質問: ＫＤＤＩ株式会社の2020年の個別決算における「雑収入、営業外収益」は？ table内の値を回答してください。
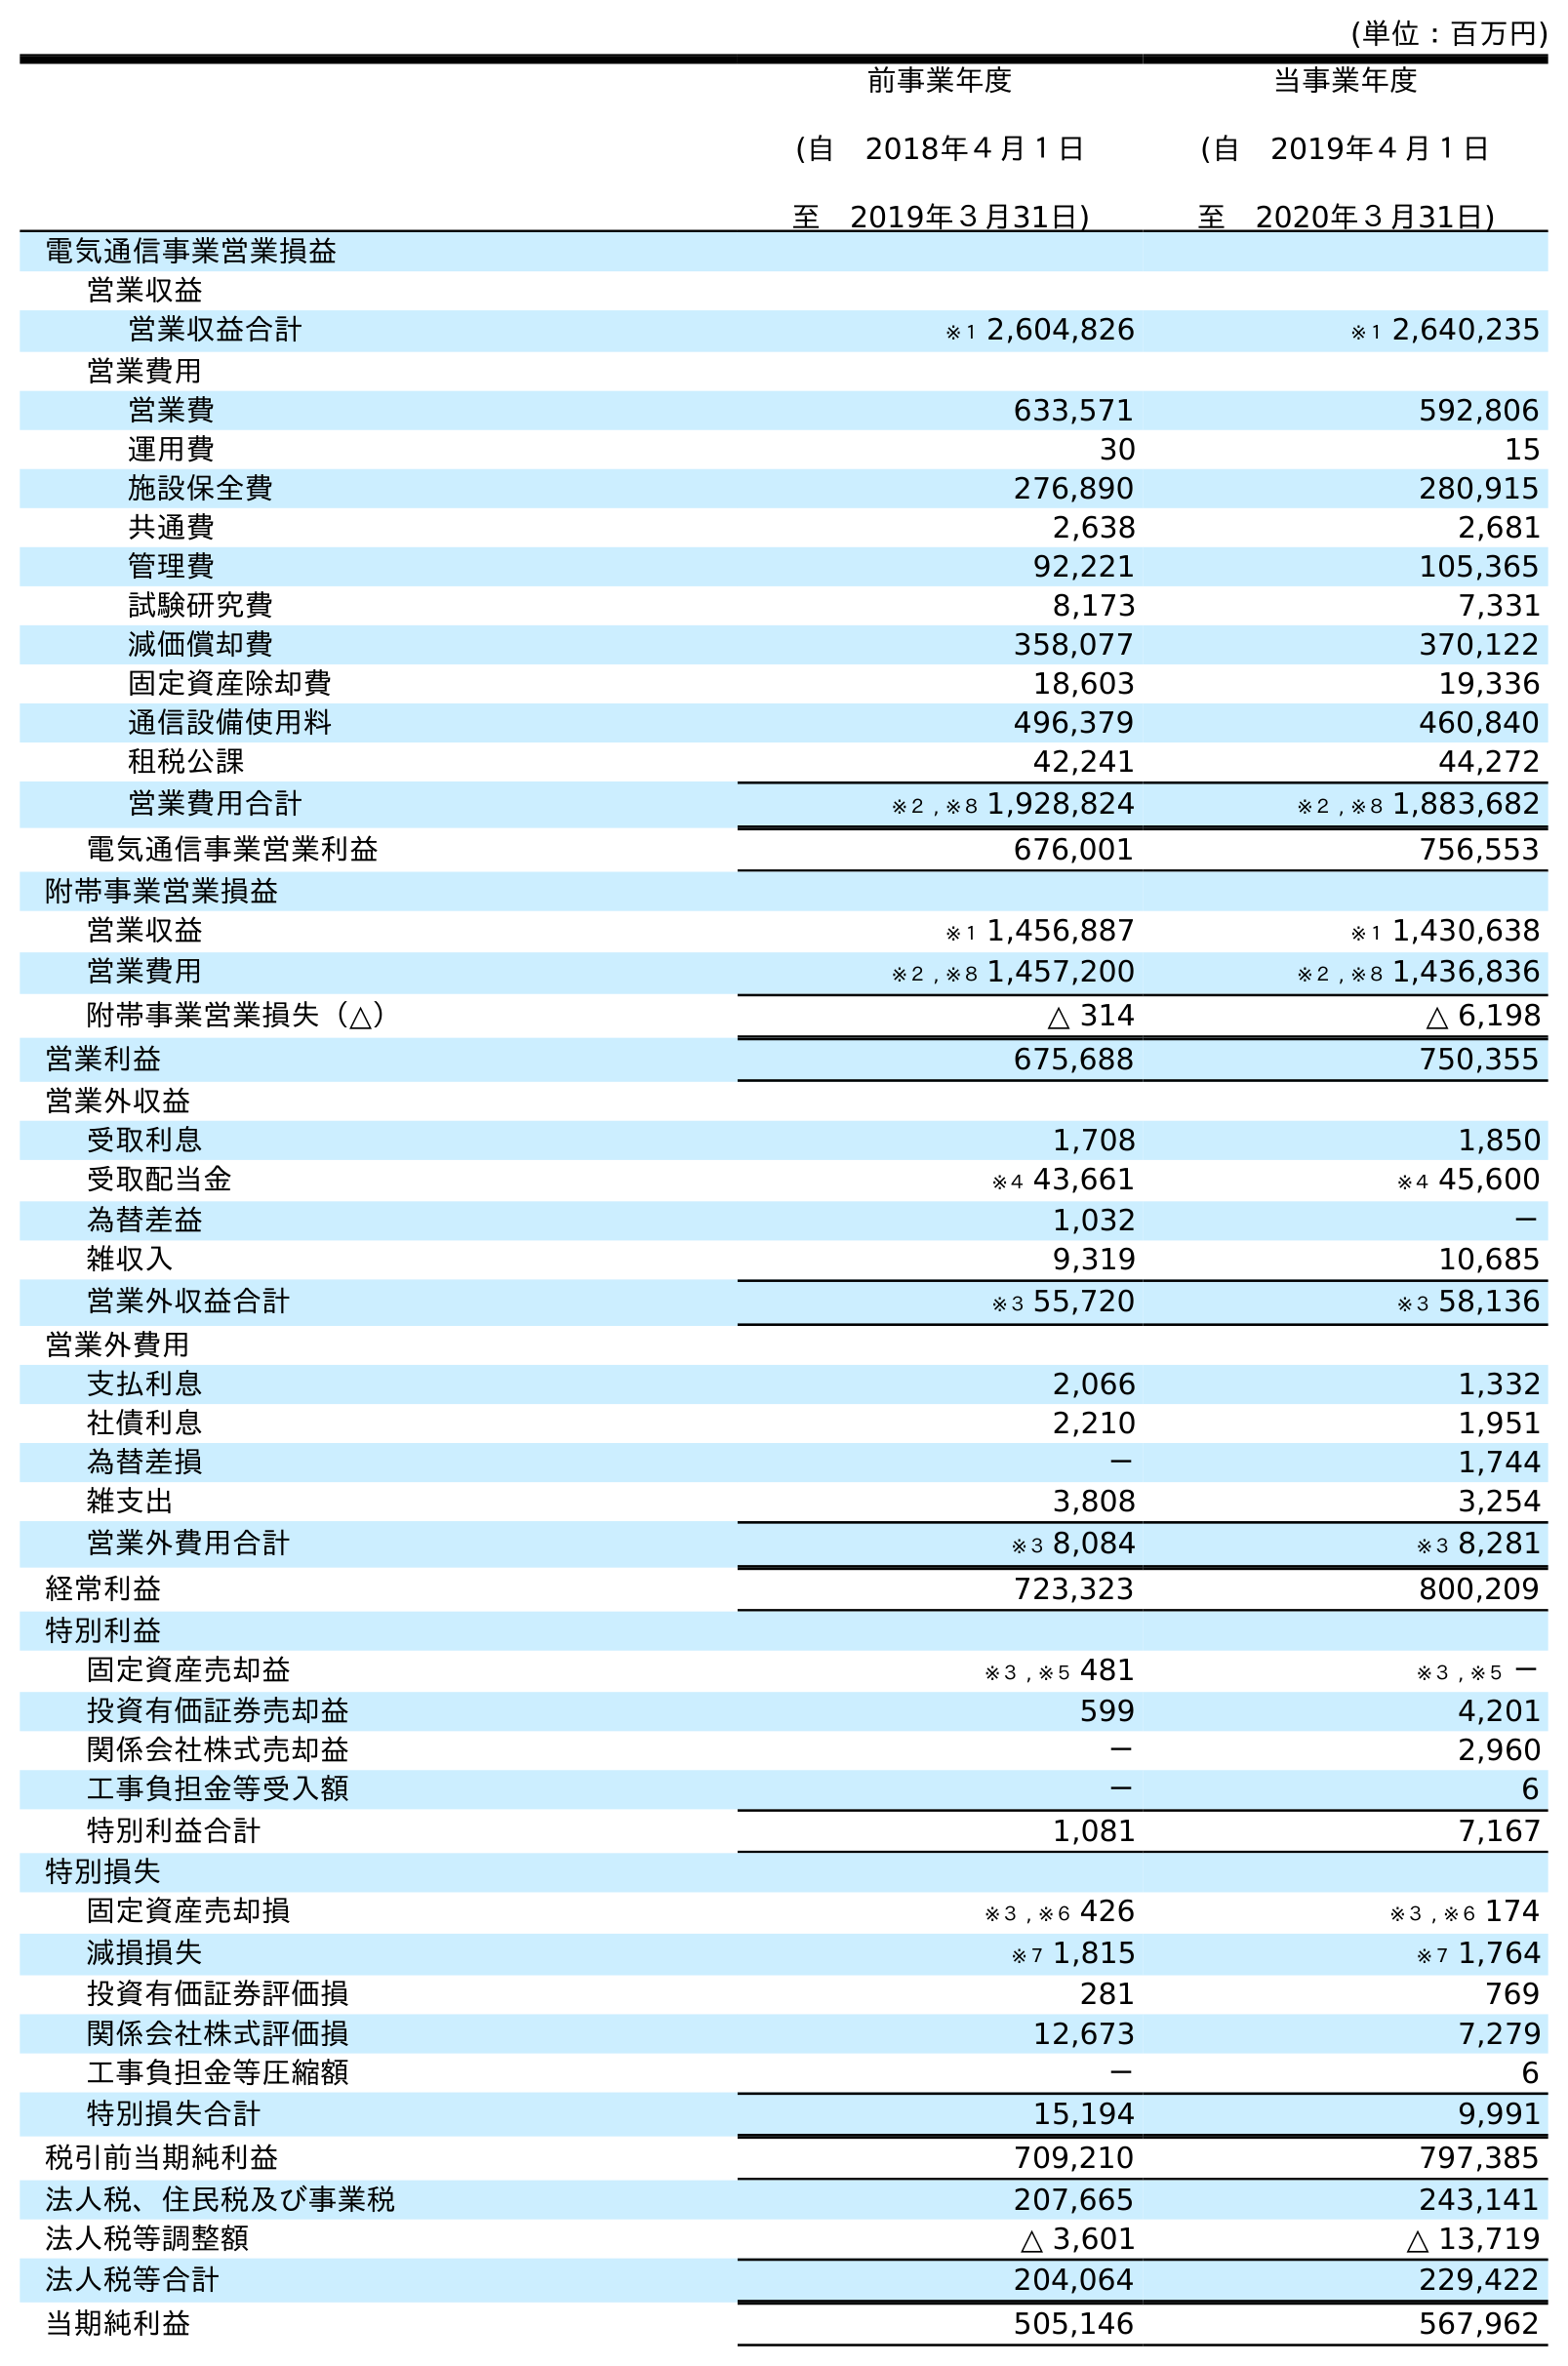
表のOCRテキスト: (単位：百万円) 前事業年度 (自 2018年４月１日 至 2019年３月31日) 当事業年度 (自 2019年４月１日 至 2020年３月31日) 電気通信事業営業損益 営業収益 営業収益合計 ※１ 2,604,826 ※１ 2,640,235 営業費用 営業費 633,571 592,806 運用費 30 15 施設保全費 276,890 280,915 共通費 2,638 2,681 管理費 92,221 105,365 試験研究費 8,173 7,331 減価償却費 358,077 370,122 固定資産除却費 18,603 19,336 通信設備使用料 496,379 460,840 租税公課 42,241 44,272 営業費用合計 ※２ , ※８ 1,928,824 ※２ , ※８ 1,883,682 電気通信事業営業利益 676,001 756,553 附帯事業営業損益 営業収益 ※１ 1,456,887 ※１ 1,430,638 営業費用 ※２ , ※８ 1,457,200 ※２ , ※８ 1,436,836 附帯事業営業損失（△） △ 314 △ 6,198 営業利益 675,688 750,355 営業外収益 受取利息 1,708 1,850 受取配当金 ※４ 43,661 ※４ 45,600 為替差益 1,032 － 雑収入 9,319 10,685 営業外収益合計 ※３ 55,720 ※３ 58,136 営業外費用 支払利息 2,066 1,332 社債利息 2,210 1,951 為替差損 － 1,744 雑支出 3,808 3,254 営業外費用合計 ※３ 8,084 ※３ 8,281 経常利益 723,323 800,209 特別利益 固定資産売却益 ※３ , ※５ 481 ※３ , ※５ － 投資有価証券売却益 599 4,201 関係会社株式売却益 － 2,960 工事負担金等受入額 － 6 特別利益合計 1,081 7,167 特別損失 固定資産売却損 ※３ , ※６ 426 ※３ , ※６ 174 減損損失 ※７ 1,815 ※７ 1,764 投資有価証券評価損 281 769 関係会社株式評価損 12,673 7,279 工事負担金等圧縮額 － 6 特別損失合計 15,194 9,991 税引前当期純利益 709,210 797,385 法人税、住民税及び事業税 207,665 243,141 法人税等調整額 △ 3,601 △ 13,719 法人税等合計 204,064 229,422 当期純利益 505,146 567,962
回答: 10,685